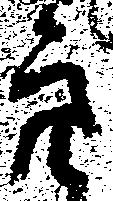
亮